Civil Veterinary Dept. North-West Frontier Province 1901-22 - 1901-1922
Year: 1901
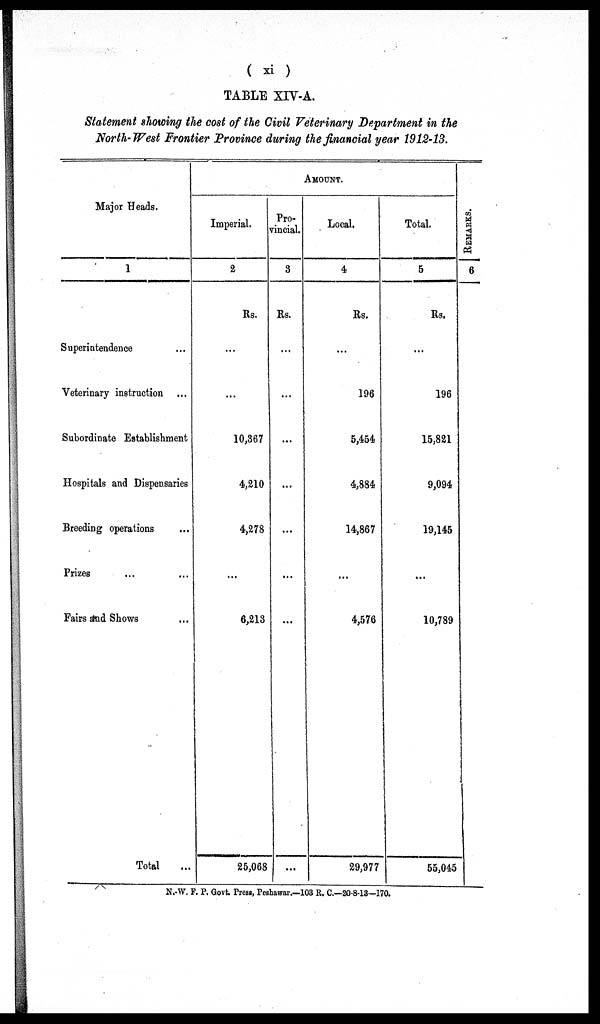
( xi )
TABLE XIV-A.
Statement showing the cost of the Civil Veterinary Department in the
North-West Frontier Province during the financial year 1912-13.
Major Heads.
1
Superintendence ...
Veterinary instruction ...
Subordinate Establishment
Hospitals and Dispensaries
Breeding operations ...
Prizes ... ...
Fairs and Shows ...
Total ...
AMOUNT.
Imperial.
2
Rs.
...
...
10,367
4,210
4,278
...
6,213
25,068
Pro-
vincial.
3
Rs.
...
...
...
...
...
...
...
Local.
4
Rs.
...
196
5,454
4,884
14,867
...
4,576
29,977
Total.
5
Rs.
...
196
15,821
9,094
19,145
...
10,789
55,045
RE MARKS .
6
N.-W. F. P. Govt. Press, Peshawar.—103 R. C.—20 8-13—170.